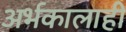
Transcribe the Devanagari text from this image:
अर्भकालाही